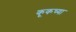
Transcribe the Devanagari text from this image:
कूकच्या